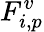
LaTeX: F_{i,p}^{v}